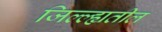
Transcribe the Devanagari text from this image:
जिल्ल्ह्यतील